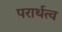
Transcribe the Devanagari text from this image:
परार्थत्व